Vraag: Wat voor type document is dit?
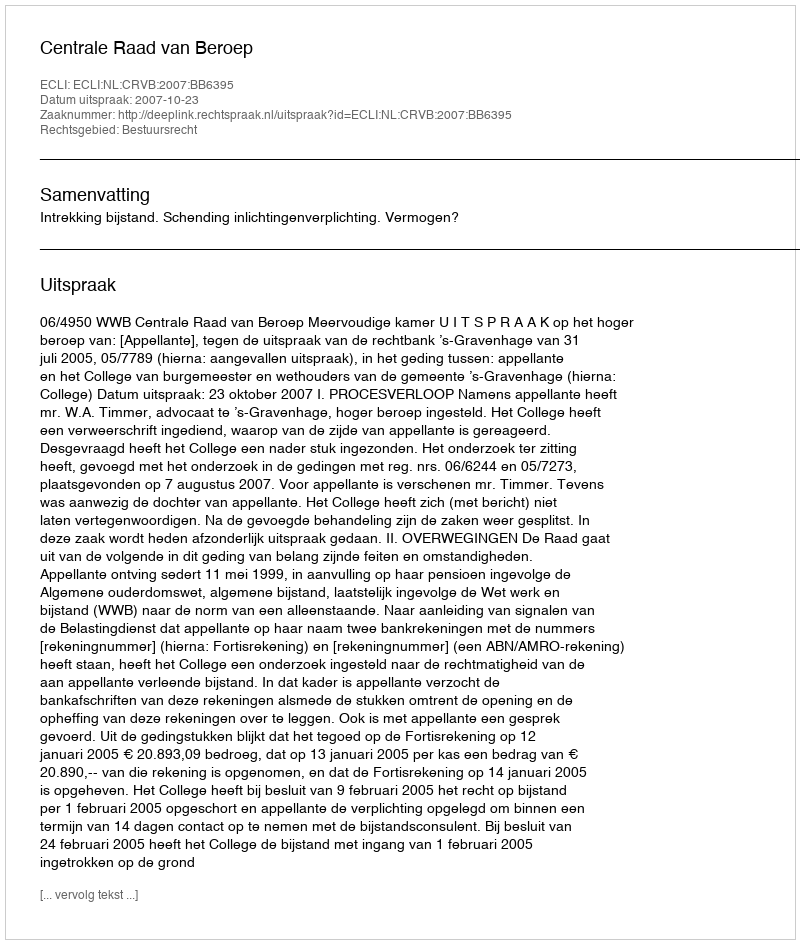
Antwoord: Uitspraak